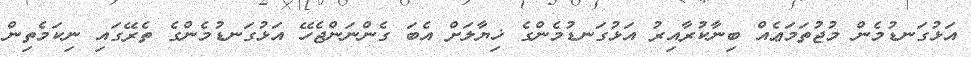
އަޅުގަނޑުމެން މުޖުތަމަޢެއް ބިނާކުރާއިރު އަޅުގަނޑުމެންގެ ޚިޔާލަށް އެބަ ގެންނަންޖެހޭ އަޅުގަނޑުމެންގެ ތެރޭގައި ނިކަމެތިން